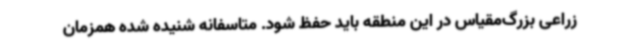
زراعی بزرگ‌مقیاس در این منطقه باید حفظ شود. متاسفانه شنیده شده همزمان